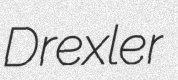
Drexler